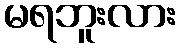
မရဘူးလား